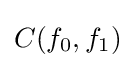
C(f_{0},f_{1})